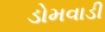
ડોમવાડી